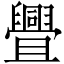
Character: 舋